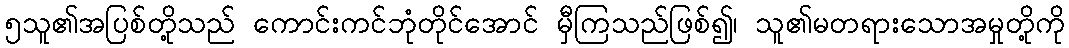
၅သူ၏အပြစ်တို့သည် ကောင်းကင်ဘုံတိုင်အောင် မှီကြသည်ဖြစ်၍၊ သူ၏မတရားသောအမှုတို့ကို